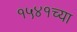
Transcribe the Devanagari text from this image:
१५४१च्या